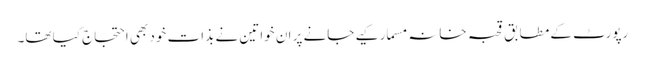
رپورٹ کے مطابق قحبہ خانہ مسمار کیے جانے پر ان خواتین نے بذات خود بھی احتجاج کیا تھا۔